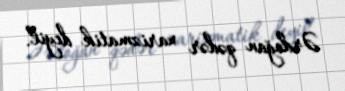
Ərdoğan qədər xarizmatik deyil.